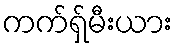
ကက်ရှ်မီးယား